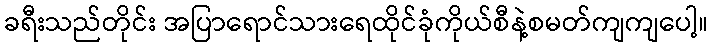
ခရီးသည်တိုင်း အပြာရောင်သားရေထိုင်ခုံကိုယ်စီနဲ့စမတ်ကျကျပေါ့။